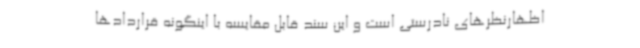
اظهارنظرهای نادرستی است و این سند قابل مقایسه با اینگونه قراردادها